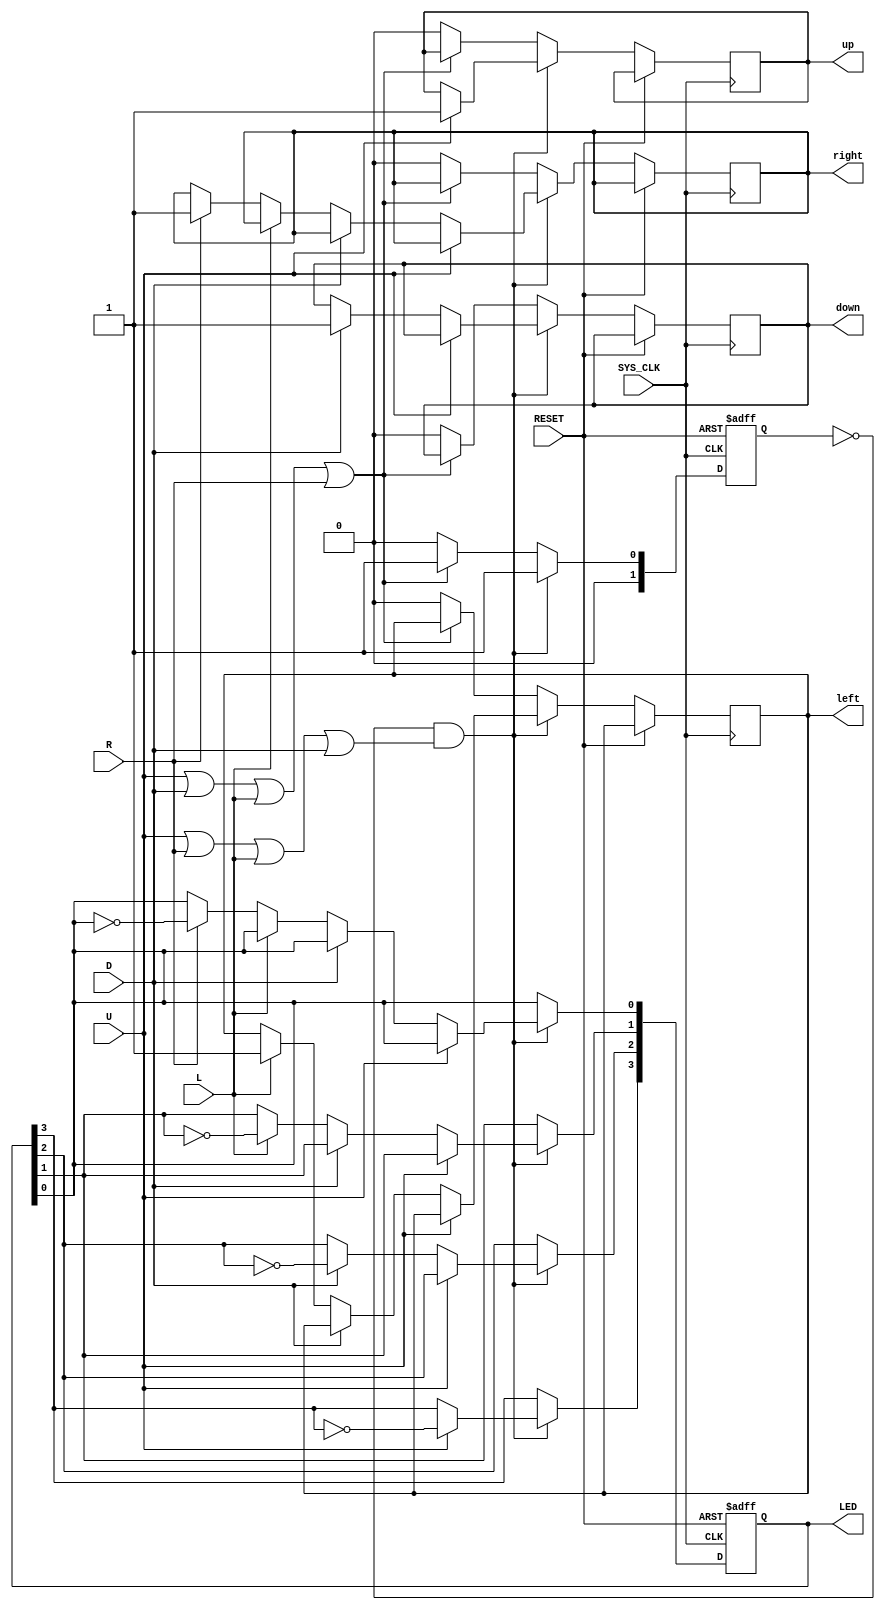
`timescale 1ns / 1ps
//////////////////////////////////////////////////////////////////////////////////
// Company: UT Austin   
// 
// Design Name: Buttons
// Module Name: buttons
// Project Name: Parking meter
//
// Takes input and debounces the buttons 
//////////////////////////////////////////////////////////////////////////////////

module Buttons(
    input SYS_CLK, 
    input RESET,
    input U,
    input D,
    input L,
    input R,
    output reg up,
    output reg down, 
    output reg left, 
    output reg right,
    output reg[3:0] LED);
    
    reg[1:0] state;
    
    always @(posedge SYS_CLK, posedge RESET) begin
         
         if(RESET) begin
            state <= 0;
            LED <= 4'h0;
            /*up <= 0;
            down <= 0;
            left <= 0;
            right <= 0;*/
         end
         
         else begin
            if(!state && (U|R|L|D)) begin 
            //waiting for button press state
                state <= 1;
                
                if(U)        begin LED[3] <= ~LED[3]; up <= 1;  end
                else if(D)   begin LED[2] <= ~LED[2]; down <= 1;  end 
                else if(L)   begin LED[1] <= ~LED[1]; left <= 1;  end
                else if(R)   begin LED[0] <= ~LED[0]; right <= 1;  end
                           
            end
            
            else begin
                if(U | D | L | R)   state <= 1;
                else begin
                    state <= 0; //Waits for release
                    
                    up <= 0;
                    down <= 0;
                    left <= 0;
                    right <= 0;
                end
            end
           
         end
    end
    
endmodule